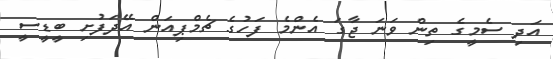
އަދި ސެމީގެ ތިން ވަނަ ޖާގަ އެންމެ ފަހުގެ ޗެމްޕިއަން އޭދަފުށި ބީޑީސީ